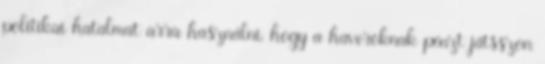
politikai hatalmat arra használni, hogy a haveroknak pénzt játsszon